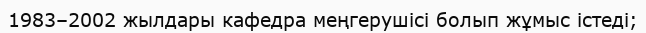
1983–2002 жылдары кафедра меңгерушісі болып жұмыс істеді;